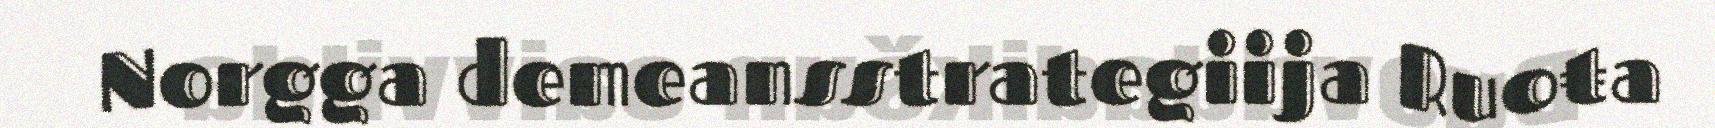
Norgga demeansstrategiija Ruoŧa